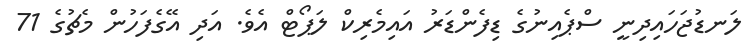
ލަނޑުޖަހައިދިނީ ސްޕެއިނުގެ ޑިފެންޑަރު އައިމެރިކް ލަޕޯޓް އެވެ. އަދި އޭގެފަހުން މެޗުގެ 71